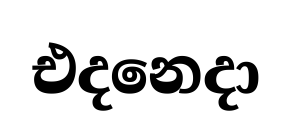
එදනෙදා